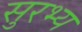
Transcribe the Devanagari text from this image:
सुरभ्य